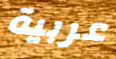
عربية